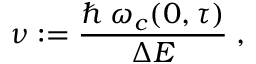
\nu : = \frac { \hbar \: \omega _ { c } ( 0 , \tau ) } { \Delta E } \; ,